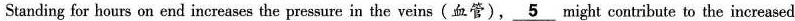
Standing for hours on end increases the pressure in the veins(血管),\underline{5}might contribute to the increased